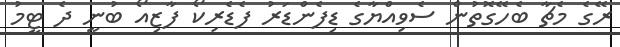
ރޭގެ މެޗާ ބެހޭގޮތުން ސެވިއްޔާގެ ޑިފެންޑަރު ފެޑެރިކޯ ފާޒިއޯ ބުނީ ދެ ޓީމު